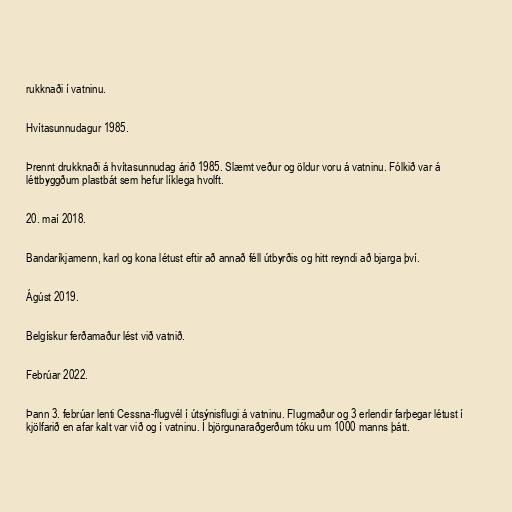
rukknaði í vatninu.

Hvítasunnudagur 1985.

Þrennt drukknaði á hvítasunnudag árið 1985. Slæmt veður og öldur voru á vatninu. Fólkið var á
léttbyggðum plastbát sem hefur líklega hvolft.

20. maí 2018.

Bandaríkjamenn, karl og kona létust eftir að annað féll útbyrðis og hitt reyndi að bjarga því.

Ágúst 2019.

Belgískur ferðamaður lést við vatnið.

Febrúar 2022.

Þann 3. febrúar lenti Cessna-flugvél í útsýnisflugi á vatninu. Flugmaður og 3 erlendir farþegar létust í
kjölfarið en afar kalt var við og í vatninu. Í björgunaraðgerðum tóku um 1000 manns þátt.